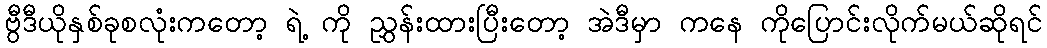
ဗွီဒီယိုနှစ်ခုစလုံးကတော့ ရဲ့ ကို ညွှန်းထားပြီးတော့ အဲဒီမှာ ကနေ ကိုပြောင်းလိုက်မယ်ဆိုရင်